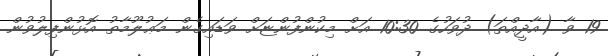
19 ވާ (އާދީއްތަ) ދުވަހުގެ 10:30 އަށް މިކުންފުންޏަށް ވަޑައިގެން މަޢުލޫމާތު އޮޅުންފިލުވުން